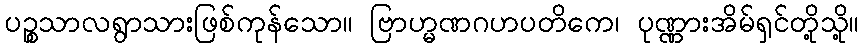
ပဉ္စသာလရွာသားဖြစ်ကုန်သော။ ဗြာဟ္မဏဂဟပတိကေ၊ ပုဏ္ဏားအိမ်ရှင်တို့သို့။